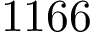
1 1 6 6